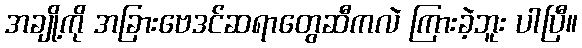
အချို့ကို အခြားဗေဒင်ဆရာတွေဆီကလဲ ကြားခဲ့ဘူး ပါပြီ။